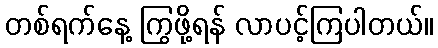
တစ်ရက်နေ့ ကြွဖို့ရန် လာပင့်ကြပါတယ်။